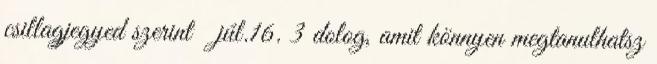
csillagjegyed szerint júl.16. 3 dolog, amit könnyen megtanulhatsz